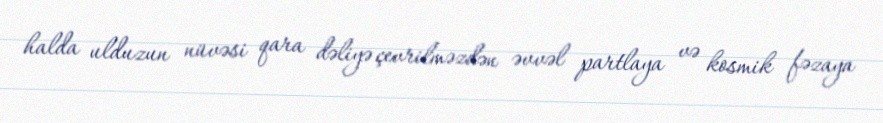
halda ulduzun nüvəsi qara dəliyə çevrilməzdən əvvəl partlaya və kosmik fəzaya